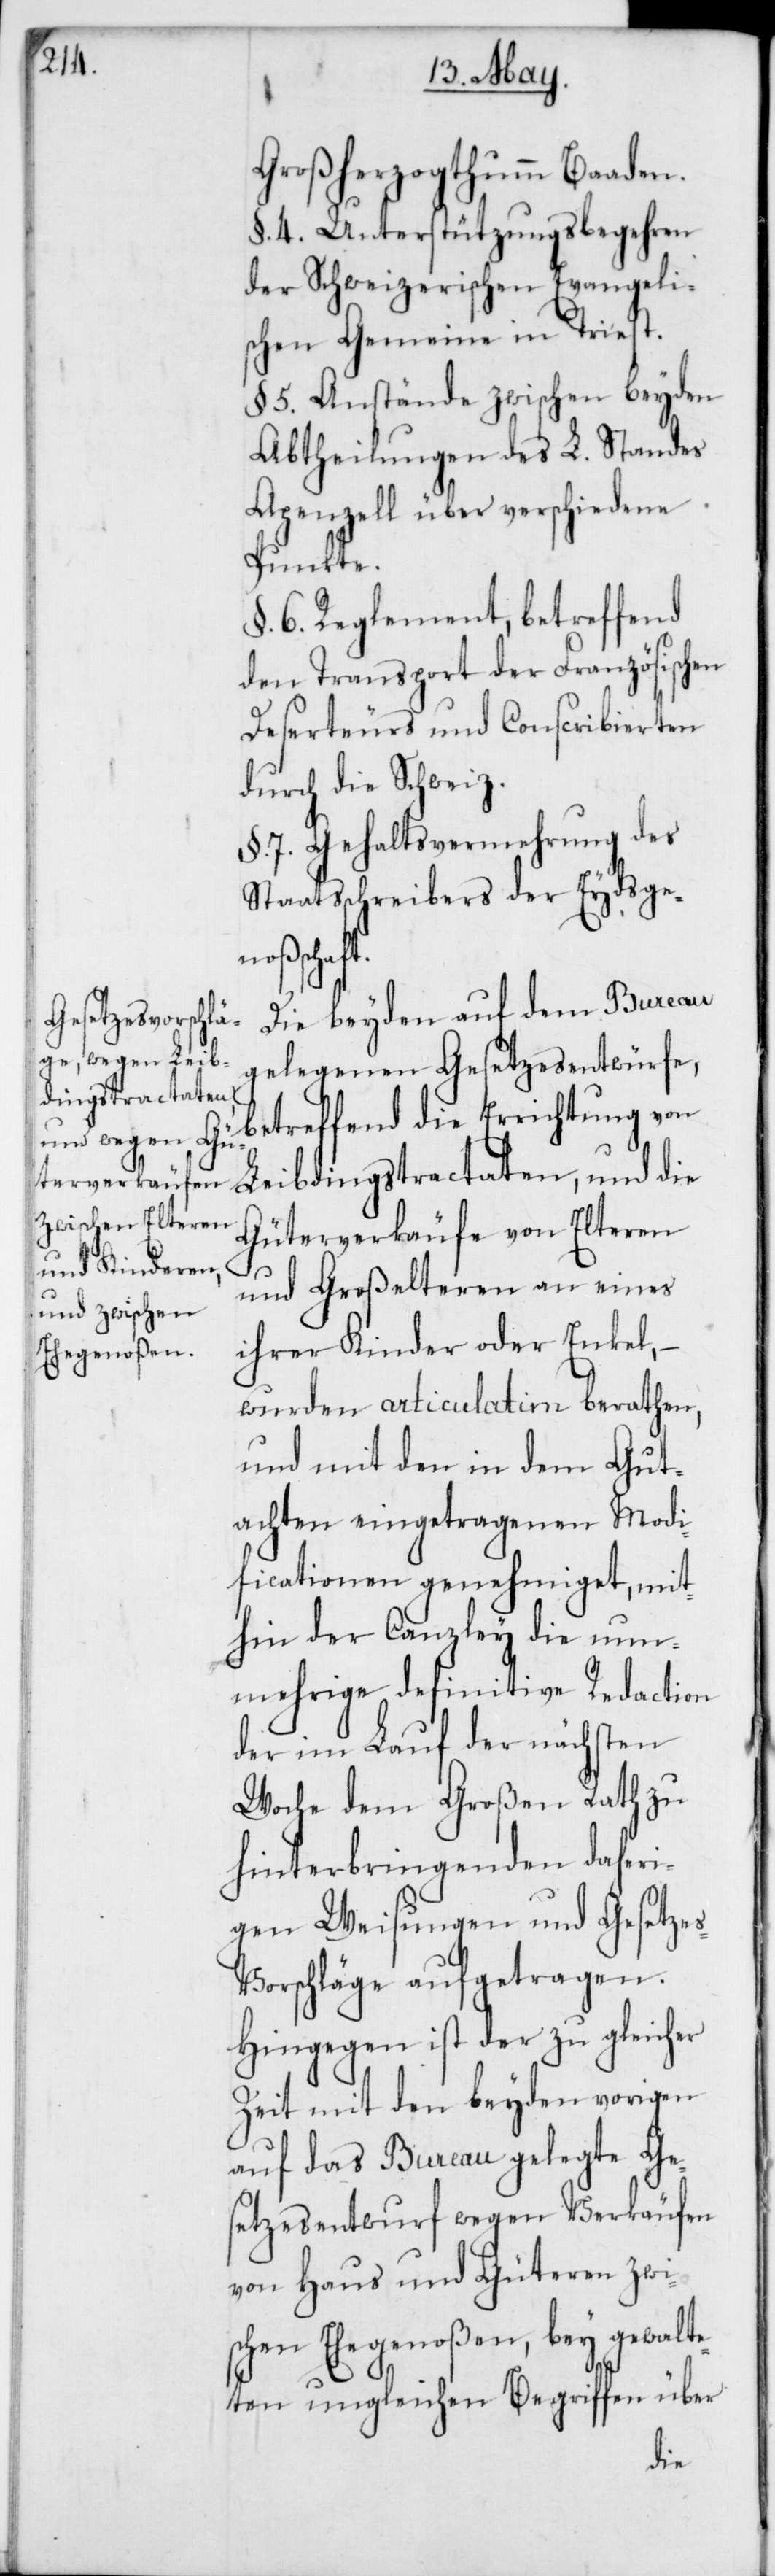
Großherzogthumm Baaden.
§. 4. Unterstützungsbegehren
der Schweizerischen Evangeli¬
schen Gemein[d]e in Triest.
5. Anstände zwischen beyden
Abtheilungen des L. Standes
Apenzell über verschiedene
Punkte.
§. 6. Reglement, betreffend
den Transport der Französischen
Deserteurs und Conscribierten
durch die Schweiz.
§. 7. Gehaltvermehrung des
Staatsschreibers der Eydsge¬
nschaft.
Die beyden auf dem Bureau
gelegenen Gesetzesentwürfe,
treffend die Errichtung von
Leibdingstractaten, und die
Güterverkäufe von Elteren
be¬
und Großelteren an eines
ihrer Kinder oder Enkel,
wurden articulatim berathen,
und mit den in dem Gut¬
achten eingetragenen Modi¬
ficationen genehmiget, mit¬
hin der Canzley die nun¬
mehrige definitive Redaction
der im Lauf der nächsten
Woche dem Großen Rath zu
hinterbringenden daheri¬
gen Weisungen und Gesetze¬
s-Vorschläge aufgetragen.
Hingegen ist der zu gleicher
Zeit mit den beyden vorigen
auf das Bureau gelegte Ges¬
etzesentwurf wegen Verkäufen
von Haus und Güteren zwi¬
schen Ehegenoßen, bey gewalte¬
ten ungleichen Begriffen über